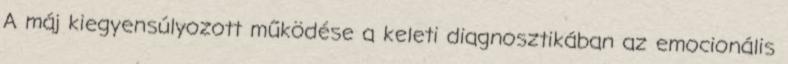
A máj kiegyensúlyozott működése a keleti diagnosztikában az emocionális